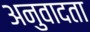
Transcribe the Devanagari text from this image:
अनुवादता